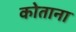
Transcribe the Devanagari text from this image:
कोताना